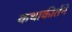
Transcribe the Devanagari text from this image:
कथाकीर्तने